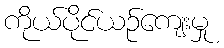
ကိုယ်ပိုင်ယဉ်ကျေးမှု